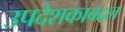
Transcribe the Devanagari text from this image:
उपदेशकाबद्दल